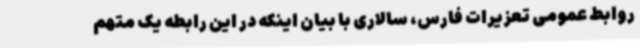
روابط عمومی تعزیرات فارس، سالاری با بیان اینکه در این رابطه یک متهم